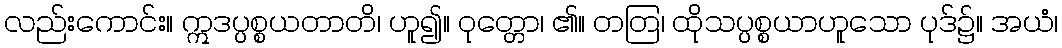
လည်းကောင်း။ ဣဒပ္ပစ္စယတာတိ၊ ဟူ၍။ ဝုတ္တော၊ ၏။ တတြ၊ ထိုသပ္ပစ္စယာဟူသော ပုဒ်၌။ အယံ၊